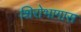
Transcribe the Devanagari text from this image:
शिरोभागास